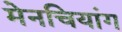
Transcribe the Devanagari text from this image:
मेनचियांग